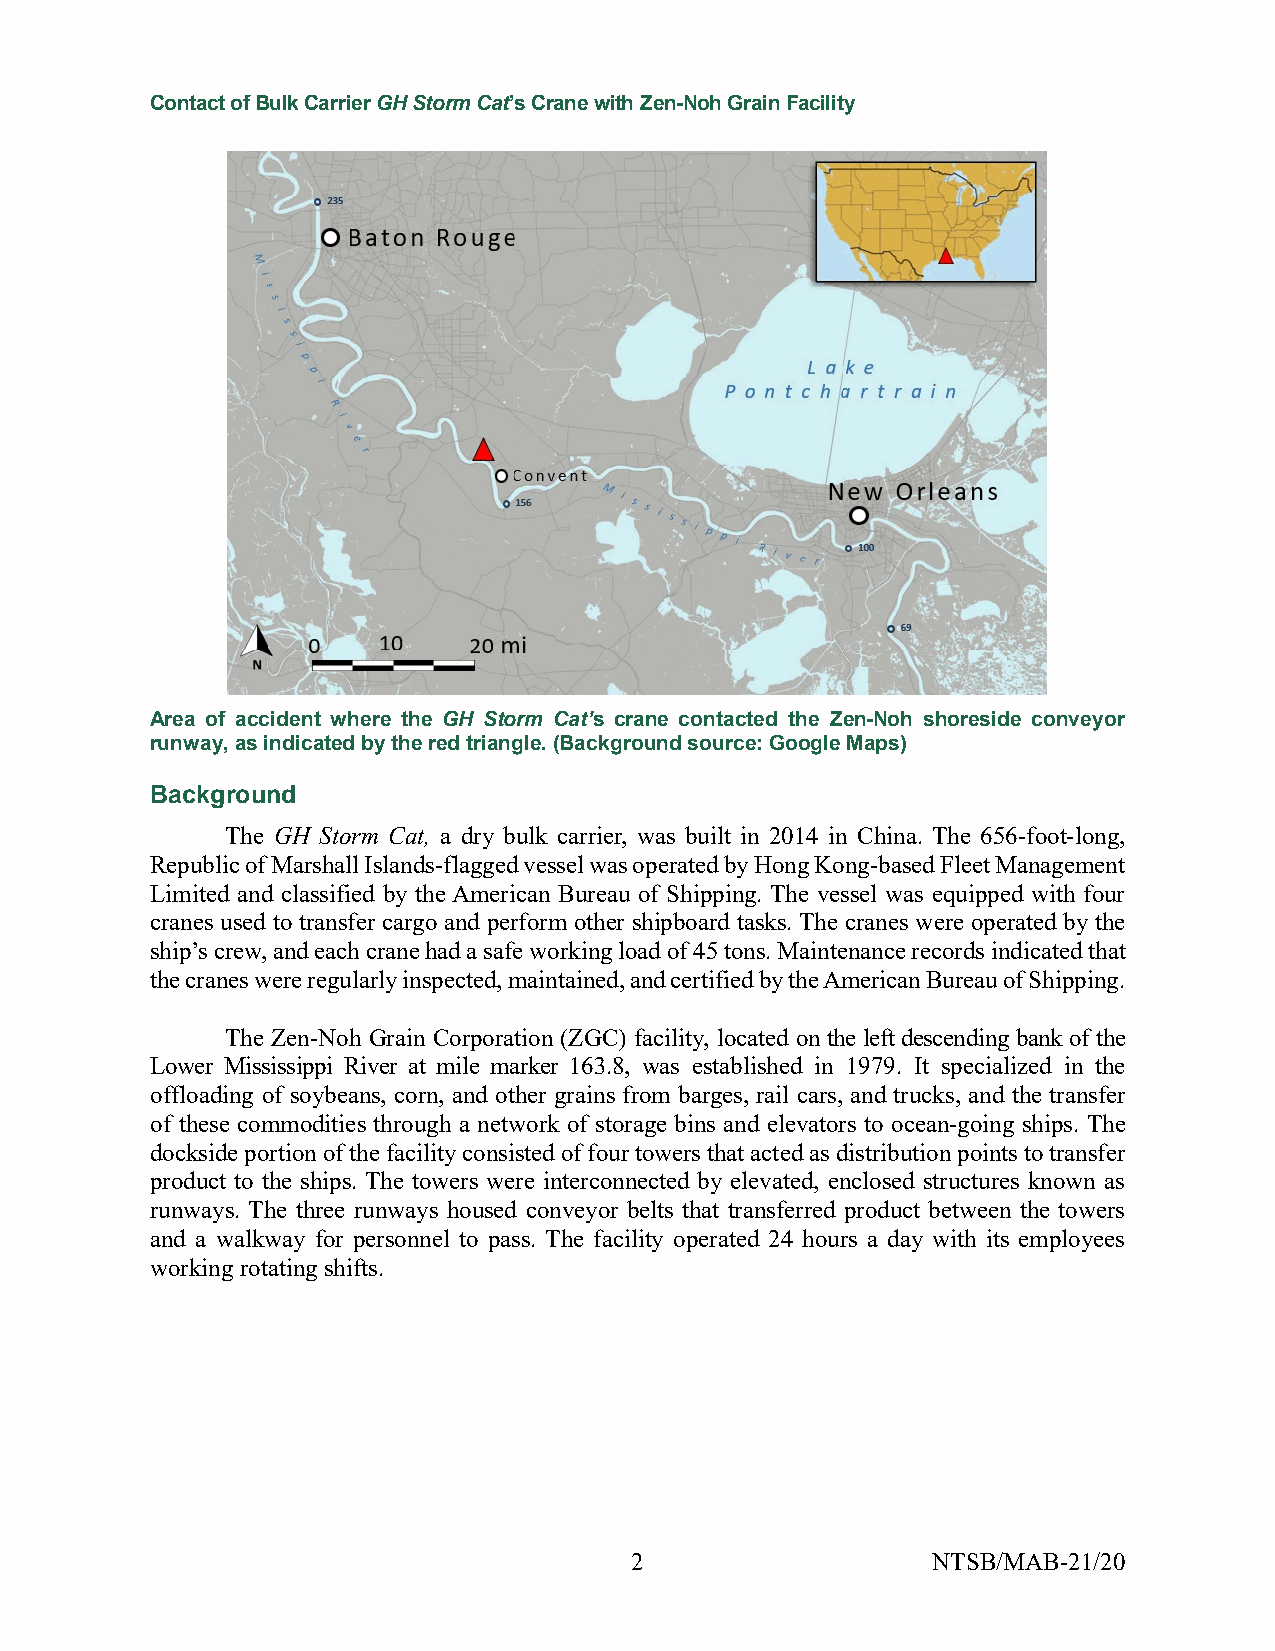
Contact of Bulk Carrier GH Storm Cat’s Crane with Zen-Noh Grain Facility
 Area of accident where the GH Storm Cat’s crane contacted the Zen-Noh shoreside conveyor
 runway, as indicated by the red triangle. (Background source: Google Maps)
 Background
 The GH Storm Cat, a dry bulk carrier, was built in 2014 in China. The 656-foot-long,
 Republic of Marshall Islands-flagged vessel was operated by Hong Kong-based Fleet Management
 Limited and classified by the American Bureau of Shipping. The vessel was equipped with four
 cranes used to transfer cargo and perform other shipboard tasks. The cranes were operated by the
 ship’s crew, and each crane had a safe working load of 45 tons. Maintenance records indicated that
 the cranes were regularly inspected, maintained, and certified by the American Bureau of Shipping.
 The Zen-Noh Grain Corporation (ZGC) facility, located on the left descending bank of the
 Lower Mississippi River at mile marker 163.8, was established in 1979. It specialized in the
 offloading of soybeans, corn, and other grains from barges, rail cars, and trucks, and the transfer
 of these commodities through a network of storage bins and elevators to ocean-going ships. The
 dockside portion of the facility consisted of four towers that acted as distribution points to transfer
 product to the ships. The towers were interconnected by elevated, enclosed structures known as
 runways. The three runways housed conveyor belts that transferred product between the towers
 and a walkway for personnel to pass. The facility operated 24 hours a day with its employees
 working rotating shifts.
 2                   NTSB/MAB-21/20